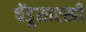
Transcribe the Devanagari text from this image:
चेंडूसारखी